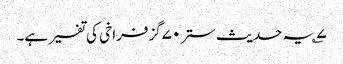
۷؎ یہ حدیث ستر۷۰گز فراخی کی تفسیر ہے۔